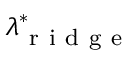
\lambda _ { \mathrm { ~ r ~ i ~ d ~ g ~ e ~ } } ^ { * }